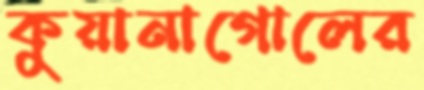
কুয়ানাগোলের